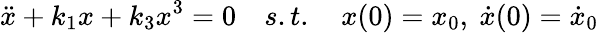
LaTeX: \ddot{x}+k_{1}x+k_{3}x^{3}=0\quad s.t.\quad x(0)=x_{0},\ \dot{x}(0)=\dot{x}_{0}